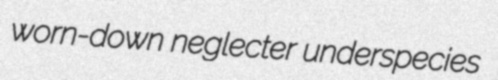
worn-down neglecter underspecies